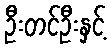
ဦးတင်ဦးနှင့်